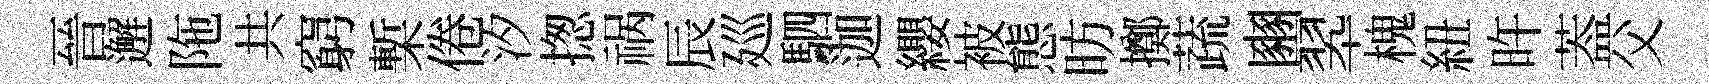
晉邂陁共窮槧倦汐揔祸辰廵駟迦纓被態昉擲蔬豳翆槐紐旿葢父